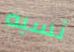
نسبه